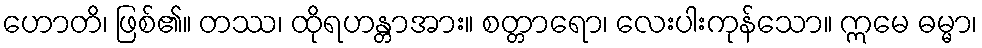
ဟောတိ၊ ဖြစ်၏။ တဿ၊ ထိုရဟန္တာအား။ စတ္တာရော၊ လေးပါးကုန်သော။ ဣမေ ဓမ္မာ၊